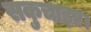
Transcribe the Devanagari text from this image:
सकुचाइए।